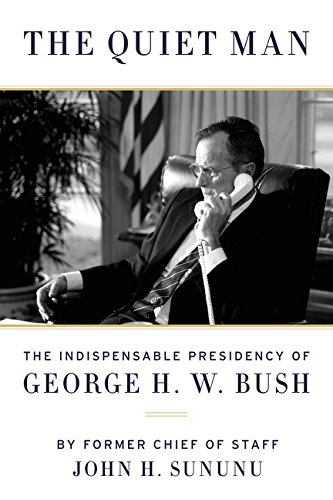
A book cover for The Quiet Man: The Indispensable Presidency of George H.W. Bush; John H. Sununu; Biographies & Memoirs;